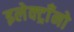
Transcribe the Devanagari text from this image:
इलेक्ट्राँनो